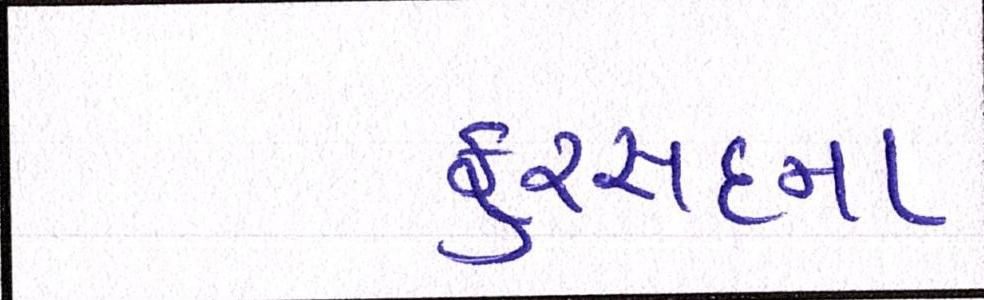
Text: ફુરસદના